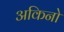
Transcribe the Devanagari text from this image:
अकिनो